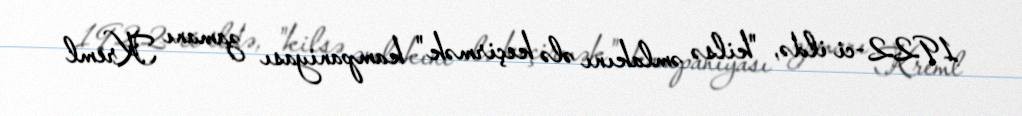
1922-ci ildə, "kilsə əmlakını ələ keçirmək" kampaniyası zamanı Kreml